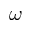
\omega